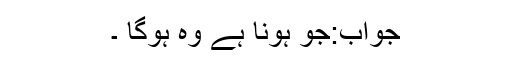
جواب:جو ہونا ہے وہ ہوگا ۔